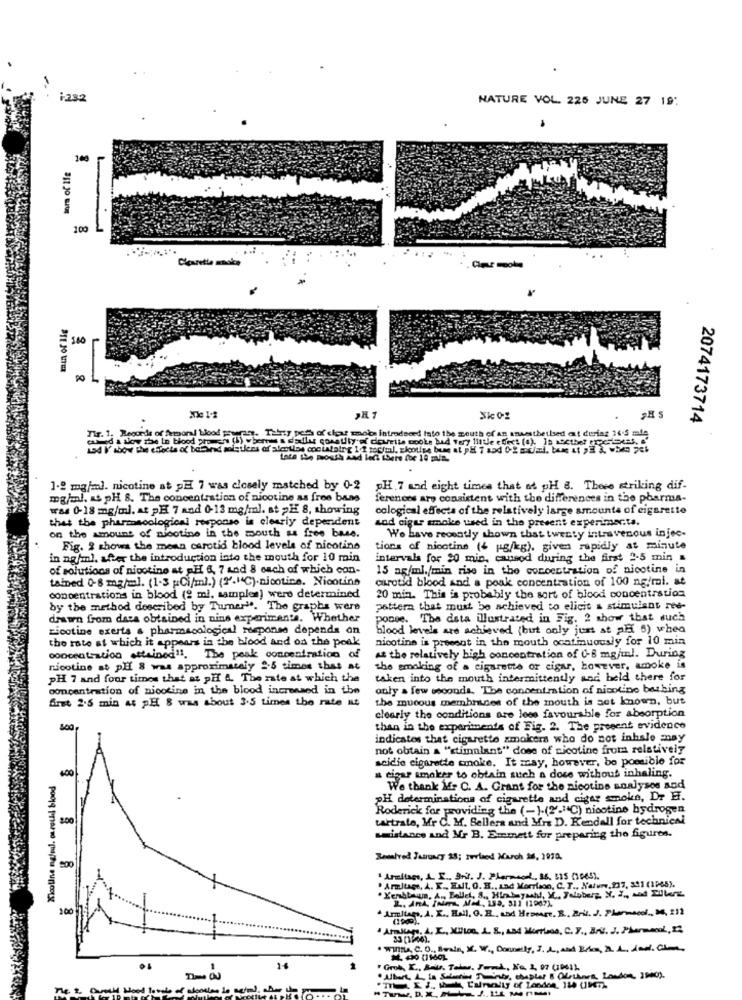
i-232
NATURE VOL. 225 JUNE 27 19:
tara of ife
100
Claretle mnoke
L
.
2074173714
en. Tatty pers of clay mois introdseed Into the mouth of An ansestheilsed ! dering 14.5 salle
esed a slow the In blood
Tir. 1. Records of femporal
1.2 mg/ml. nicotine at pH 7 was closely matched by 0-2
PH. 7 and eight times that at pH 8. These striking dif.
mg/ml. As pH 8. The concentration of nicotine as free baas
ferenons are consistent with the differences in the pharma-
wad 0-18 mg/ml. at PH 7 and 0-13 mg/ml. st >H 8, showing
cological effects of the relatively large amounts of cigarette
that the pharmacological response is clearly dependent
wod cigar smoke used in the present experimenta.
on the amount of nicotine in the mouth ss free base.
We have recently shown that twenty intravenous injec-
Fig. 2 shows the mean carotid blood levels of nicotine
tions of nicotine (4 g/kg). given rapidly at minute
in ng/ml. after the introduction into the mouth for 10 min
intervals for 20 min. cansod during the first 2-5 min &
of solutions of nipotino at aH 6, 7 and 8 each of which can-
15 ag/ml./min rise in the concentration of nicotine in
tained 0-8 mg/ml. (1.3 pCi/ml.) (2'."C).nicotine. Nicotina
carotid blood and a peak concentration of 100 ng/ml. at
concentrations in blood (? mi, sample ) were determined
20 min. This is probably the sort of blood concentration
by the method described by Tumer". The graphs were
pattern that must be achieved to elicit & stimulant ree-
drawn from data obtained in nins experiments. Whether
ponce. The data illustrated in Fig. 2 show that such
nicotine exerts a pharmacological response depends on
blood levels are achieved ( but only just st pli 6) when
the rate at which it appears in the blood and on the peak
nicotine is present in the mouth ocatinuously for 10 min
concentration attained". The peak concentration of
At the relatively high concentration of 0-8 mg/ml. During
nicotine at plf 8 was approximately 2-5 times that at
the emaking of a cigarette or cigar, however, amoke is
PH 7 and four times that at pH &. The rate at which the
taken into the mouth intermittently and held there for
concentration of nicotine in the blood increased in the
only a few seconds. The concentration of nicotine bathing
first 2.5 min at pH 8 was about 3.5 times the rate at
the mucous membranes of the mouth is not known, but
clearly the conditions are less favourable for absorption
than in the experiments of Fig. 2. The present evidence
indicates that cigarette smokera who do not inhale may
not obtain a "stimulant" dose of nicotine from relatively
acidio cigarette smoke. It may, however, bo possible for
.00
a cigar smoker to obtain such a doce without inhaling.
We thank Mir C. A. Grant for the nicotine analyses and
PH determinations of cigarette and cigar smoke, Dr H.
Roderick for providing the (-).(2'."(C) nicotine hydrogen
200
tartrate, Mr C. M. Belleza and Mrs D. Kendall for technien
smistance and Mr B. Emmett for preparing the figures.
Armitage, A. F ., grid. J. Pharmsol .. 36. 515 01645).
. Armltags, A. K ., ENL. O. H ., and Morrison, C. T ., Nature,237, 391 (1965).
. Kenbban. A ., Ballet, S ., Him bayashi, IL. Jeloberg, N. I ., and Tilburg
L .. AnA. INA, Mil, 189, 311 11967).
100
Amitago, A. K ., Hall, O. E. and Heseare. B. Bril. J. Pharmsod_ M. 212
Arkagy. A. L ., Kilos, A. S ., La4 Mortos, C. V ., Bal. J. Pharmacol, 12
33 (1900).
Willa. C. O ., Brain, X. W ., Donnely, S. A, and Els, 2. 4. Jed. C.